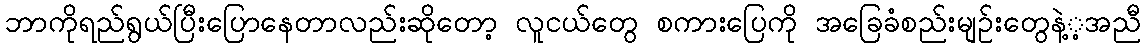
ဘာကိုရည်ရွယ်ပြီးပြောနေတာလည်းဆိုတော့ လူငယ်တွေ စကားပြေကို အခြေခံစည်းမျဉ်းတွေနဲ့့အညီ